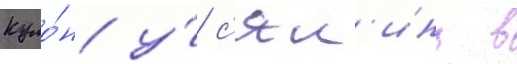
куло́н у́ с'ял'инь в